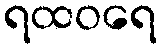
ရထဝရေ